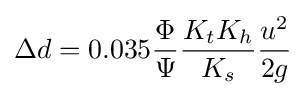
\Delta d=0.035{\frac {\Phi }{\Psi }}{\frac {K_{t}K_{h}}{K_{s}}}{\frac {u^{2}}{2g}}